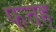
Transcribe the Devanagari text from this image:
फत्तेह